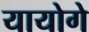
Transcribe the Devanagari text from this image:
यायोगे